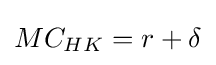
MC_{HK}=r+\delta